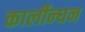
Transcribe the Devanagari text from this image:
कार्लीन्घन